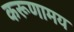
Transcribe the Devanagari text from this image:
करूणामय